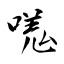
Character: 嗴